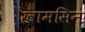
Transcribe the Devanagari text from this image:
खामसिन